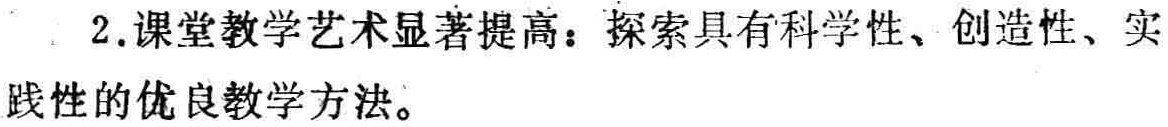
2.课堂教学艺术显著提高：探索具有科学性、创造性、实践性的优良教学方法。